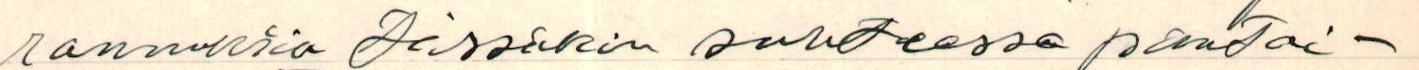
rannuksia tässäkin suhteessa pantai-